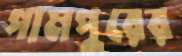
পামপুরের